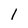
Character: l